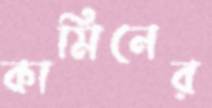
কামিনের